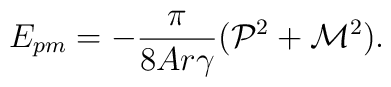
E_{pm}=-\frac{\pi}{8Ar{\gamma}}({\cal P}^2 + {\cal M}^2).